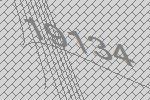
19134